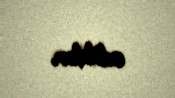
ediblər.